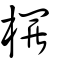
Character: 欏